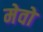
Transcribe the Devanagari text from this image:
मेवो